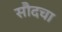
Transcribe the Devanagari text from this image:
सौदचा